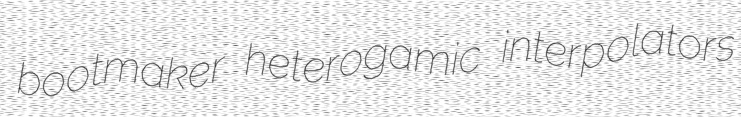
bootmaker heterogamic interpolators